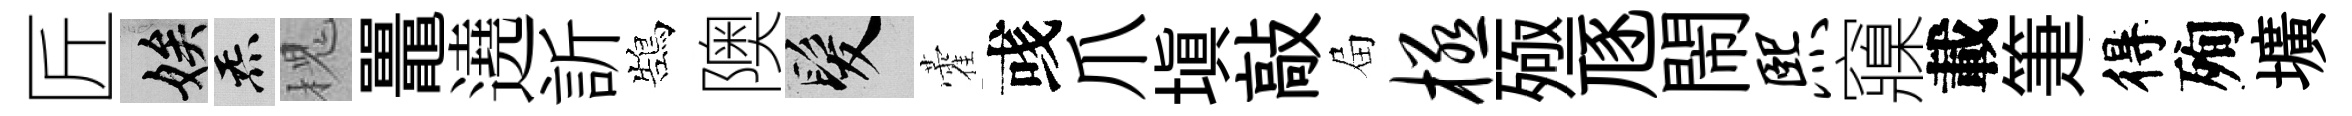
匠娭炁槐鼉遶訢鵠隩髮藿彧爪填敲屇极殛豗閙熙䆿載箑得殉壙